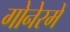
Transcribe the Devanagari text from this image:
गोनेरमें